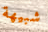
شبيهة